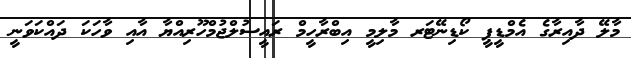
މާލޭ ދާއިރާގެ އެމްޑީޕީ ކޯޑިނޭޓަރ މާލިމީ އިބްރާހީމް ރައީސުލްޖުމްހޫރިއްޔާ އާއި ވާހަކަ ދައްކަވަނީ